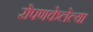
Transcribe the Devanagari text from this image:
रोपणकेलेल्या